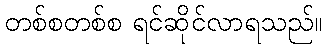
တစ်စတစ်စ ရင်ဆိုင်လာရသည်။